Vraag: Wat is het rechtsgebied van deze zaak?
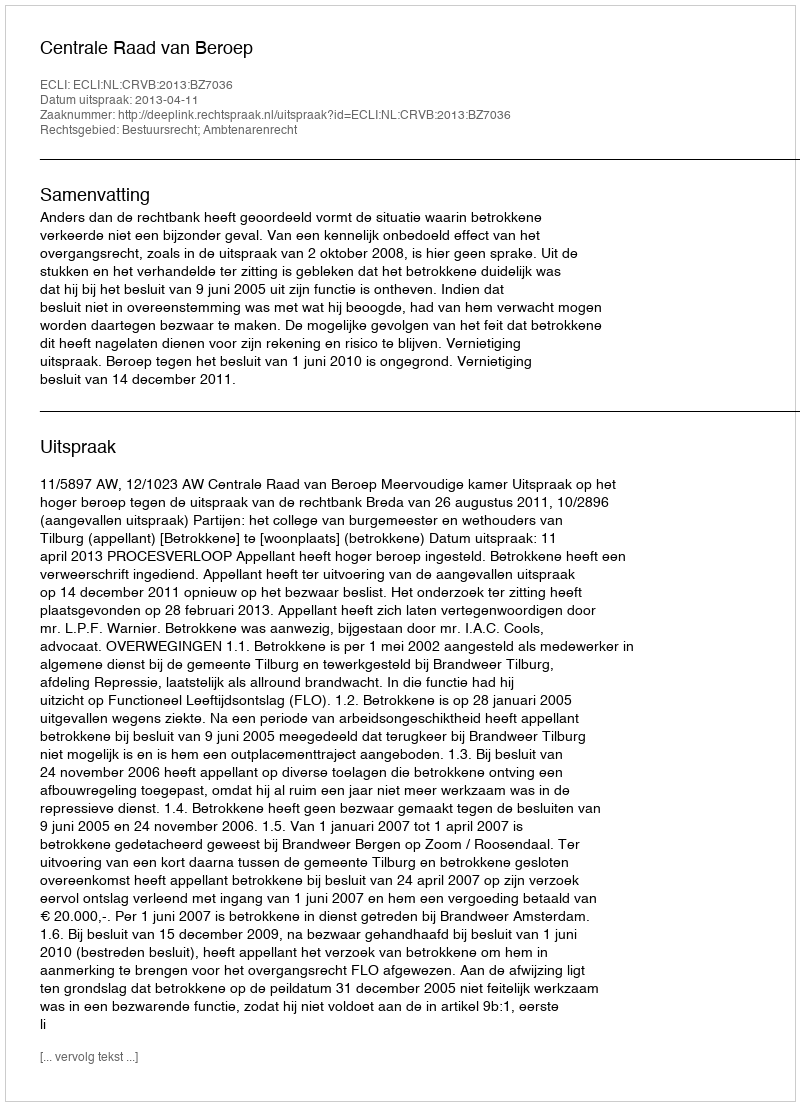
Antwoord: Bestuursrecht; Ambtenarenrecht